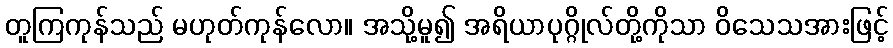
တူကြကုန်သည် မဟုတ်ကုန်လော။ အသို့မူ၍ အရိယာပုဂ္ဂိုလ်တို့ကိုသာ ဝိသေသအားဖြင့်